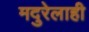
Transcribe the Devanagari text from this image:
मदुरेलाही